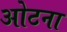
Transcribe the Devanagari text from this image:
ओटना